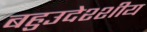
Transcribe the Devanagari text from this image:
बहुउदेश्शीय